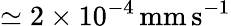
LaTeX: \simeq 2\times 10^{-4}\, \mathrm{mm\, s}^{-1}